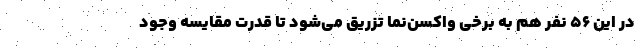
در این ۵۶ نفر هم به برخی واکسن‌نما تزریق می‌شود تا قدرت مقایسه وجود